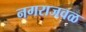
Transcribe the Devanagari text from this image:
नगराजवळ